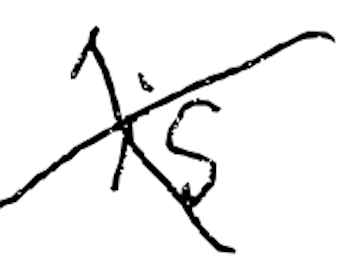
Text: is
Cross-out: cross
Writing tool: digital_black